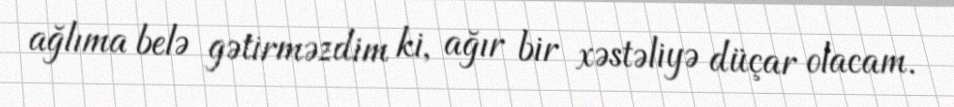
ağlıma belə gətirməzdim ki, ağır bir xəstəliyə düçar olacam.